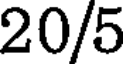
20/5